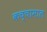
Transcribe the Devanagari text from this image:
कच्चामाल